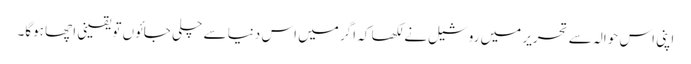
اپنی اس حوالہ سے تحریر میں روشیل نے لکھا کہ اگر میں اس دنیا سے چلی جائوں تو یقینی اچھا ہوگا۔